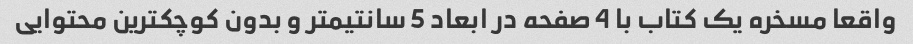
واقعا مسخره یک کتاب با 4 صفحه در ابعاد 5 سانتیمتر و بدون کوچکترین محتوایی